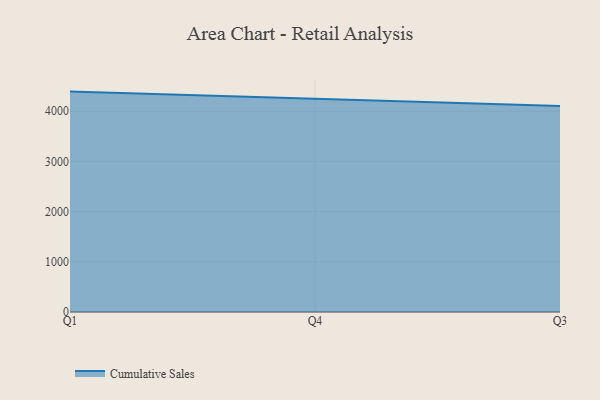
{"axis": {"x": "Quarter", "y": "Net Income (USD K)"}, "legend": ["Cumulative Sales"], "data": [{"x": "Q1", "y": 4391.6, "type": "Cumulative Sales"}, {"x": "Q4", "y": 4249.4, "type": "Cumulative Sales"}, {"x": "Q3", "y": 4102.8, "type": "Cumulative Sales"}]}